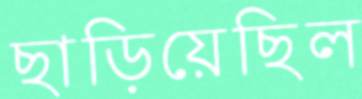
ছাড়িয়েছিল